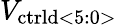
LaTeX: V_{\mathrm{\mathrm{ctrld}<5:0>}}